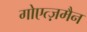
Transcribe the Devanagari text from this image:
गोएत्ज़मैन